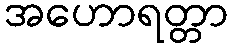
အဟောရတ္တာ